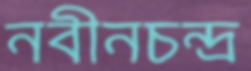
নবীনচন্দ্র